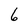
Character: 6